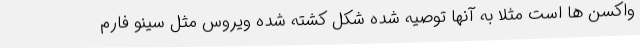
واکسن ها است مثلا به آنها توصیه شده شکل کشته شده ویروس مثل سینو فارم